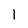
Character: l